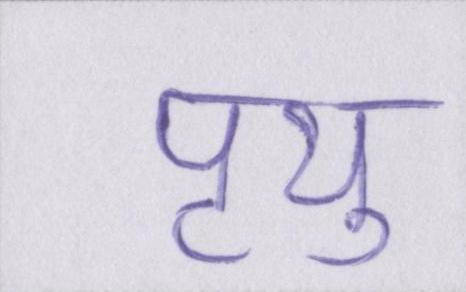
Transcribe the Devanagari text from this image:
पृथु